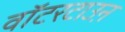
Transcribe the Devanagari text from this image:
वॉटरटाउऩ